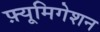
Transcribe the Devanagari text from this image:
फ़्यूमिगेशन